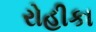
રોહીકા